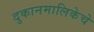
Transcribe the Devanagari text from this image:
दुकानमालिकेचे